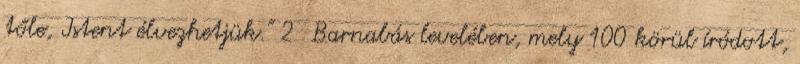
tőle, Istent élvezhetjük.” 2 Barnabás levelében, mely 100 körül íródott,